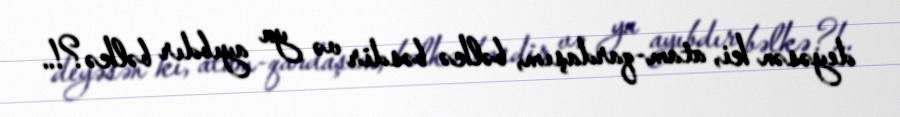
deyəsən ki, atam-qardaşım, bəlkə bəsdir və ya ayıbdır bəlkə?!..